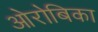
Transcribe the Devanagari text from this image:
ओरोबिका